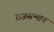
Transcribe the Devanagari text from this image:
राजसन्मान